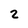
Character: 2